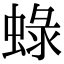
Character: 𧌍